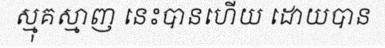
ស្មុគស្មាញ នេះបានហើយ ដោយបាន